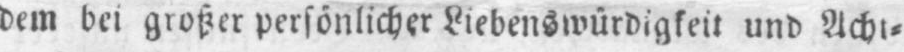
dem bei großer persönlicher Liebenswürdigkeit und Acht⸗